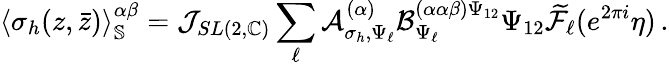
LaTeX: \langle\sigma_{h}(z,\bar{z})\rangle_{\mathbb{S}}^{\alpha\beta}=\mathcal{J}_{SL(2,\mathbb{C})}\sum_{\ell}\mathcal{A}_{\sigma_{h},\Psi_{\ell}}^{(\alpha)}\mathcal{B}_{\Psi_{\ell}}^{(\alpha\alpha\beta)\Psi_{12}}{\Psi_{12}}\widetilde{\cal F}_{\ell}(e^{2\pi i}\eta)\, .